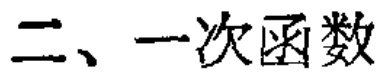
二、一次函数